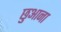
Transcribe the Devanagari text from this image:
छुआना